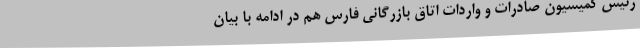
رئیس کمیسیون صادرات و واردات اتاق بازرگانی فارس هم در ادامه با بیان